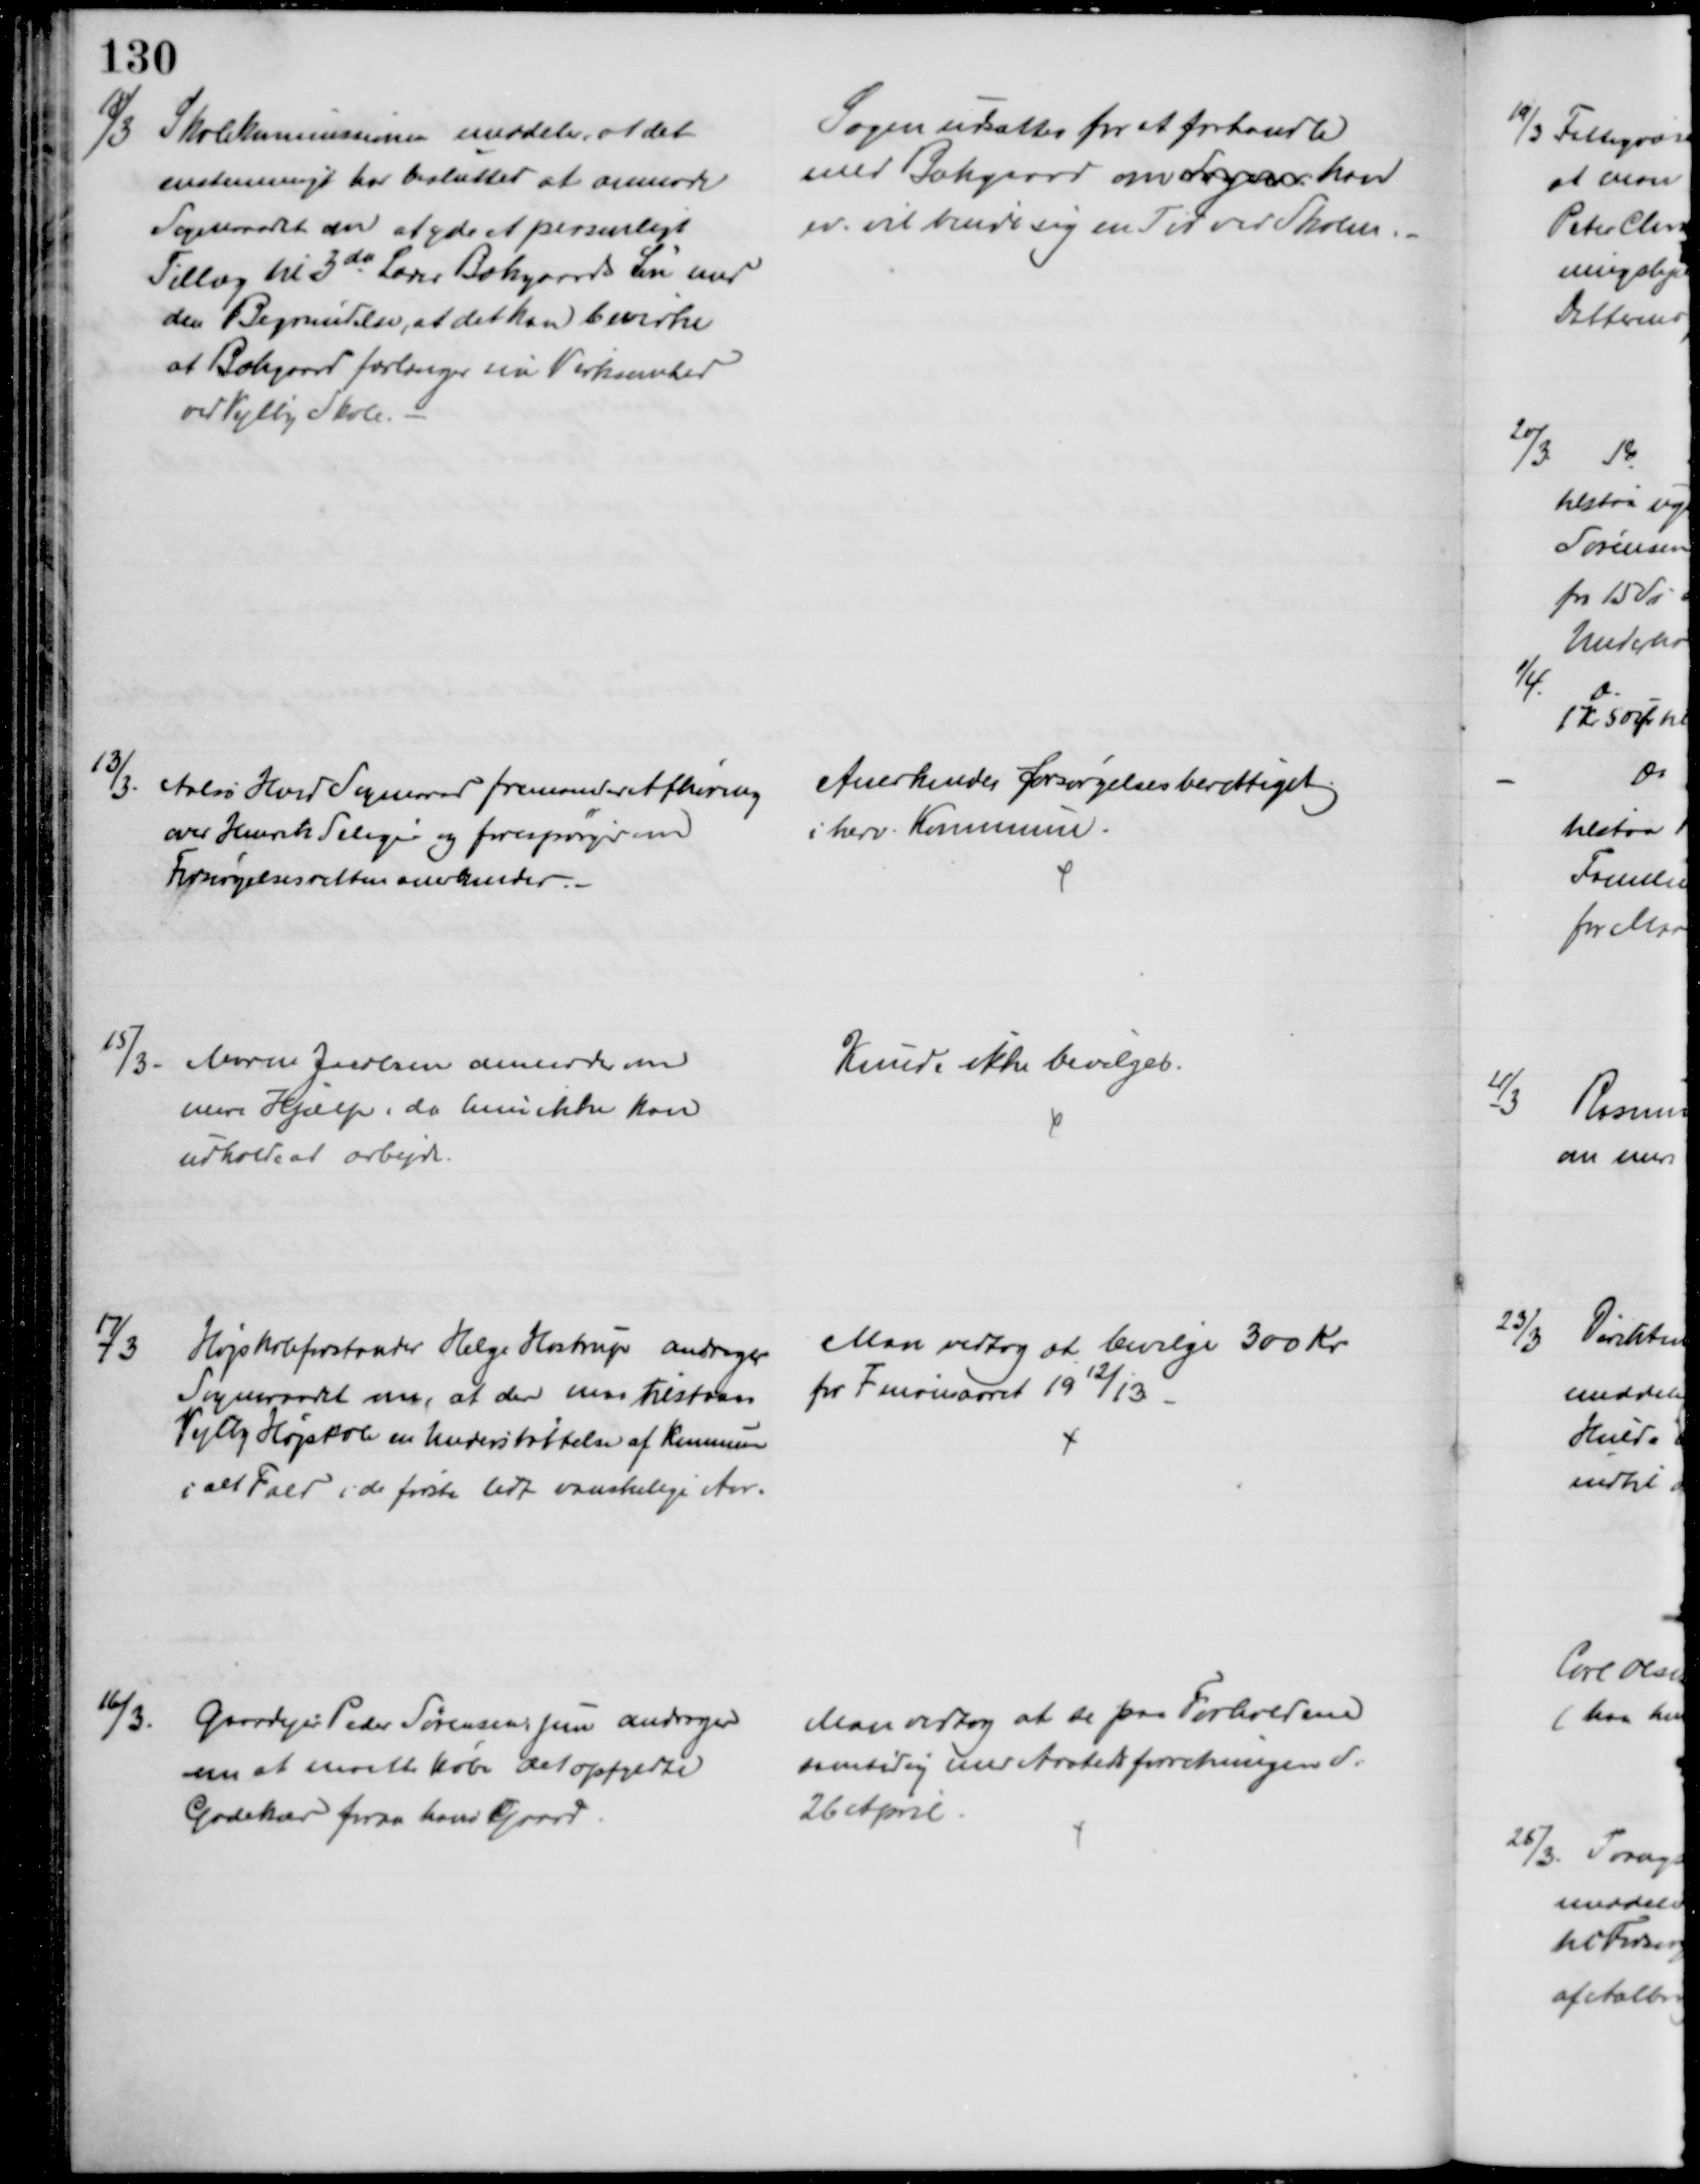
Transskription:
18/3
Skolekommissionen meddeler, at det
enstemmigt har besluttet at anmode
Sogneraadet om at yde et personligt
Tillæg til 3die Lærer Bækgaards Løn med
den Begrundelse, at det kan bevirke
at Bækgaard forlænger sin Virksomhed
ved Vejlby Skole.
Sagen udsattes for et forhandle
med Bækgaard om Sogner han
ev. et binde sig en Tid ved Skolen.
13/3. Aalsø Hoed Sogneraad fremsender Afhøring
over Henrik Seliger og forespørger om
Forsørgelsesretten anerkendes.
Anerkendes forsørgelsesberettiget
i herv. Kommune.
15/3
Maren Jacobsen anmoder om
mere Hjælp, da hun ikke kan
udholde at arbejde.
Kunde ikke bevilges.
17/3
Højskoleforstander Helge Hostrup andrager
Sogneraadet om, at der maa tilstaaes
Vejlby Højskole en Understøttelse af Kommunen
i alt Fald i de første lidt vanskelige Aar.
Man vedtog at bevilge 300 Kr
for Finansaaret 1912/13
16/3.
Gaardejer Peder Sørensen, jun andrager
om at maatte købe det opfyldte
Gadekær foran hans Gaard
Man vedtog at se paa Forholdene
samtidig med Aastedsforretningen d:
26 April